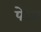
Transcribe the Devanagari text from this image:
पेउत